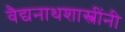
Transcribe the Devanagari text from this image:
वैद्यनाथशास्त्रींनी